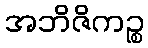
အဘိဇိကဉ္စ